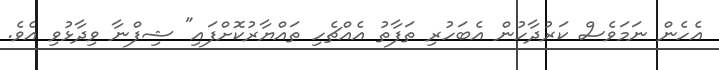
އެހެން ނަމަވެސް ކަރުދާހުން އެބަހުރި ތަފާތު އެއްޗެހި ތައްޔާރުކޮށްފައި" ޝިފްނާ ވިދާޅުވި އެވެ.